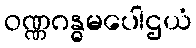
ဝဏ္ဏဂန္ဓမပေါဌယံ